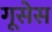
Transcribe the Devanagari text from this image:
गूसेस